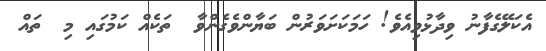
އެކަލޭގެފާނު ވިދާޅުވިއެވެ! ހަމަކަށަވަރުން ބަޔާންވެގެންވާ  ތަކެއް ކަމުގައި މި  ތައް